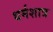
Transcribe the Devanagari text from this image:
धर्मशात्र